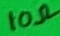
Text: 10Ω